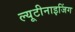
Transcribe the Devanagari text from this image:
ल्यूटीनाइजिंग